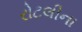
રોટલીના